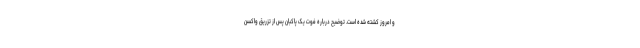
و امروز کشته شده است. توضیح درباره فوت یک پاکبان پس از تزریق واکسن